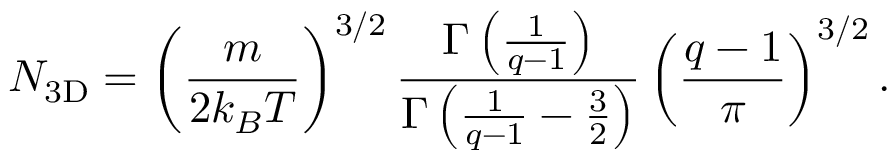
N _ { \mathrm { 3 D } } = \left( \frac { m } { 2 k _ { B } T } \right) ^ { 3 / 2 } \frac { \Gamma \left( \frac { 1 } { q - 1 } \right) } { \Gamma \left( \frac { 1 } { q - 1 } - \frac { 3 } { 2 } \right) } \left( \frac { q - 1 } { \pi } \right) ^ { 3 / 2 } .